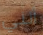
أنني